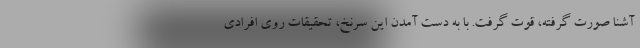
آشنا صورت گرفته، قوت گرفت. با به دست آمدن این سرنخ، تحقیقات روی افرادی